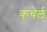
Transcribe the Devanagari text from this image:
कंचेर्ल